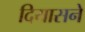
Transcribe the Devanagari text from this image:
दियासने